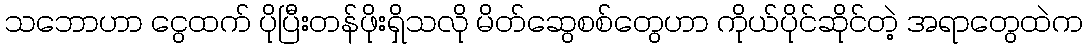
သဘောဟာ ငွေထက် ပိုပြီးတန်ဖိုးရှိသလို မိတ်ဆွေစစ်တွေဟာ ကိုယ်ပိုင်ဆိုင်တဲ့ အရာတွေထဲက